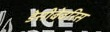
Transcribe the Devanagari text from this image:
डेसीबेबरिस